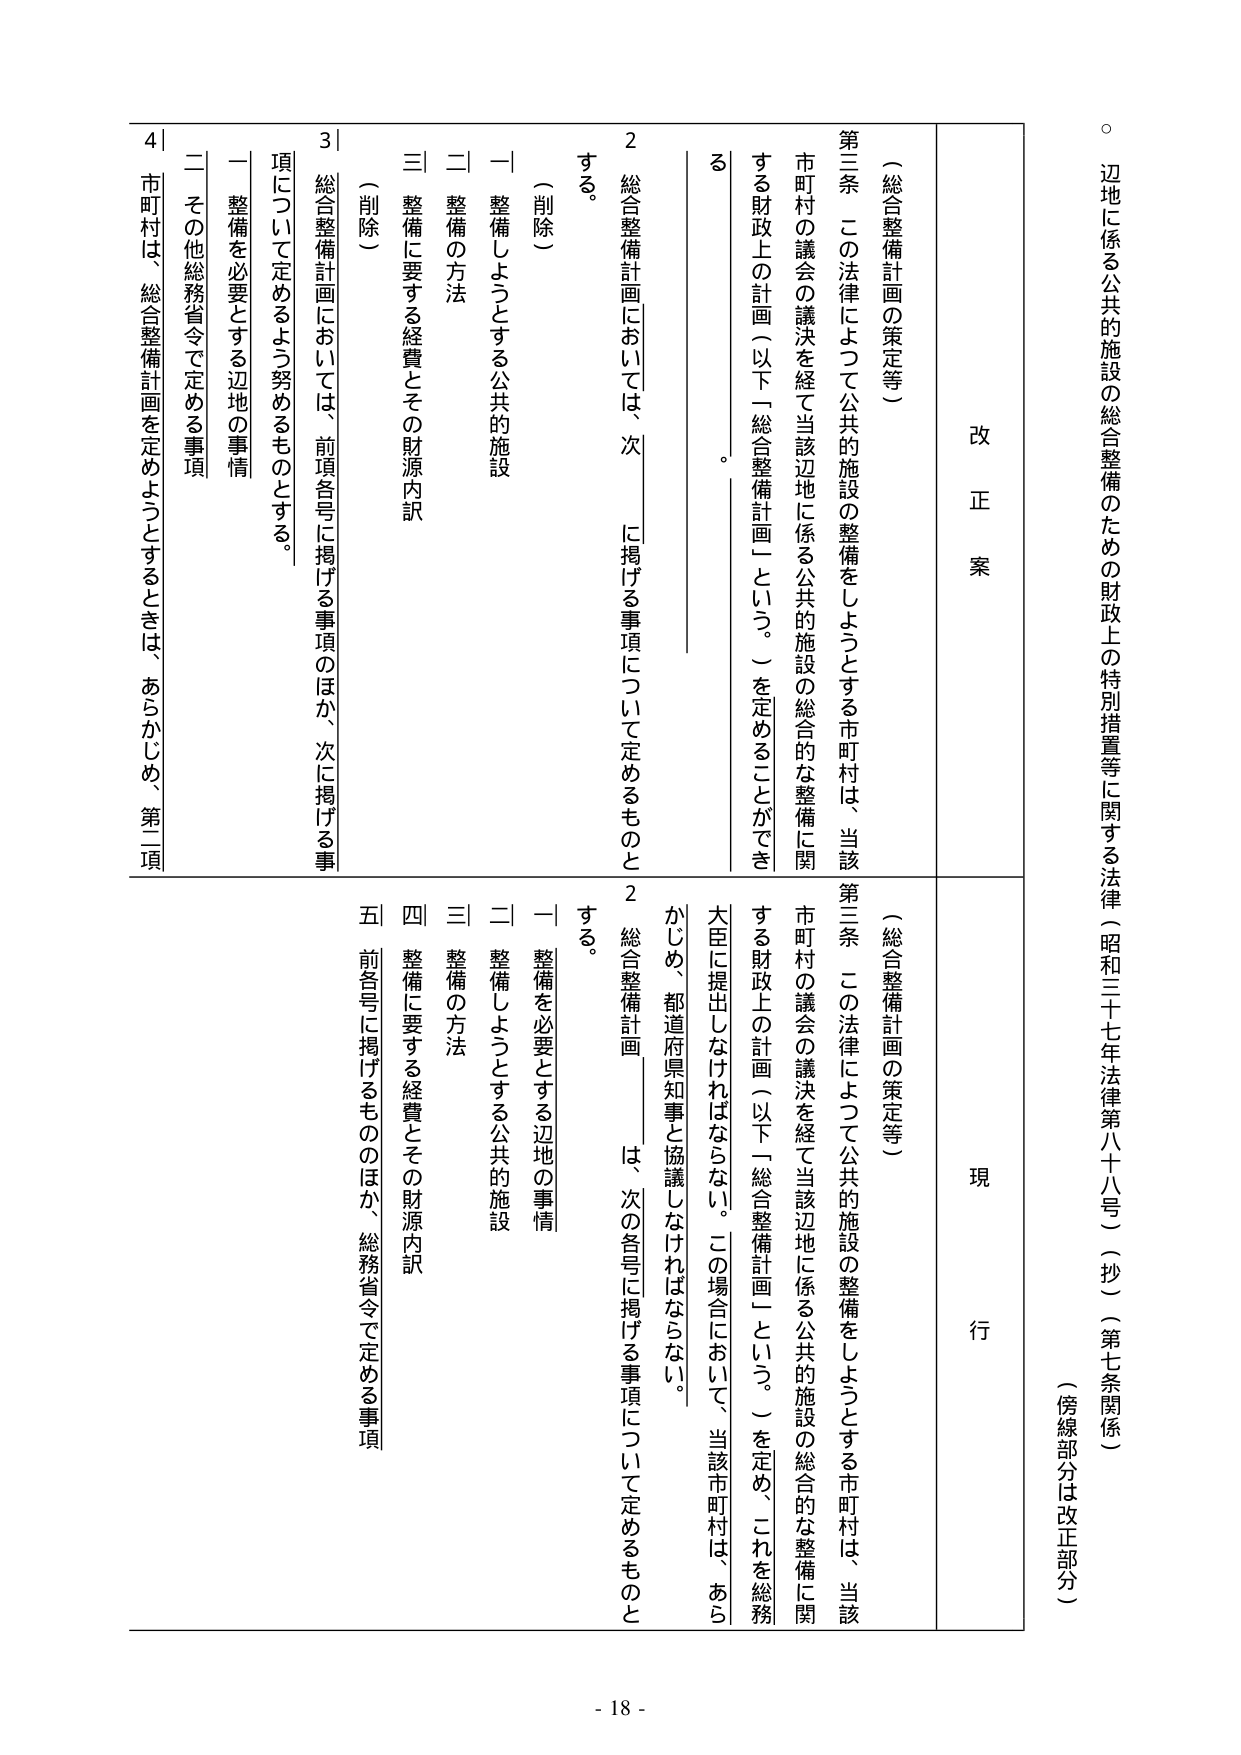
○ 辺地に係る公共の施設の総合整備のための財政上の特別措置等に関する法律（昭和三十七年法律第八十八号）（抄）（第七条関係）
（傍線部分は改正部分）

改 正 案
（総合整備計画の策定等）
第三条 この法律によって公共の施設の整備をしようとする市町村は、当該市町村の議会の議決を経て当該辺地に係る公共的施設の総合的な整備に関する財政上の計画（以下「総合整備計画」という。）を定めることができ る。

2 総合整備計画においては、次に掲げる事項について定めるものとする。
（削除）
一 整備しようとする公共的施設
二 整備の方法
三 整備に要する経費とその財源内訳
（削除）
3 総合整備計画においては、前項各号に掲げる事項のほか、次に掲げる事項について定めるよう努めるものとする。
一 整備を必要とする辺地の事情
二 その他総務省令で定める事項
4 市町村は、総合整備計画を定めようとするときは、あらかじめ、第二項

現 行
（総合整備計画の策定等）
第三条 この法律によって公共的施設の整備をしようとする市町村は、当該市町村の議会の議決を経て当該辺地に係る公共的施設の総合的な整備に関する財政上の計画（以下「総合整備計画」という。）を定め、これを総務大臣に提出しなければならない。この場合において、当該市町村は、あらかじめ、都道府県知事と協議しなければならない。

2 総合整備計画は、次の各号に掲げる事項について定めるものとする。
一 整備を必要とする辺地の事情
二 整備しようとする公共的施設
三 整備の方法
四 整備に要する経費とその財源内訳
五 前各号に掲げるもののほか、総務省令で定める事項

- 18 -